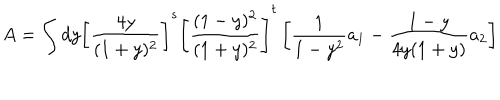
LaTeX: A = \int d y \left[ \frac { 4 y } { ( 1 + y ) ^ { 2 } } \right] ^ { s } \left[ \frac { ( 1 - y ) ^ { 2 } } { ( 1 + y ) ^ { 2 } } \right] ^ { t } \left[ \frac { 1 } { 1 - y ^ { 2 } } a _ { 1 } - \frac { 1 - y } { 4 y ( 1 + y ) } a _ { 2 } \right]